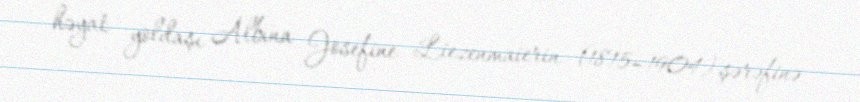
həyat yoldaşı Albina Josefine Liezenmaierin (1815–1904) şərəfinə